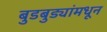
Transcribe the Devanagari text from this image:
बुडबुड्यांमधून